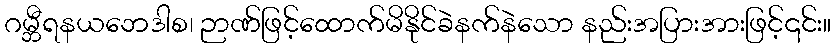
ဂမ္ဘီရနယဘေဒါစ၊ ဉာဏ်ဖြင့်ထောက်မိနိုင်ခဲနက်နဲသော နည်းအပြားအားဖြင့်၎င်း။